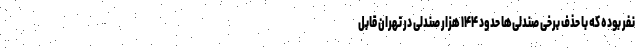
نفر بوده که با حذف برخی صندلی‌ها حدود ۱۴۴ هزار صندلی در تهران قابل